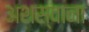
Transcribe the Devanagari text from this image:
अशस्वाना